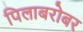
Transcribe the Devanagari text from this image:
पिलाबरोबर